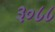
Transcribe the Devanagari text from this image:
३०८८